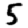
Digit: 5